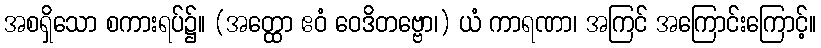
အစရှိသော စကားရပ်၌။ (အတ္ထော ဧဝံ ဝေဒိတဗ္ဗော၊) ယံ ကာရဏာ၊ အကြင် အကြောင်းကြောင့်။